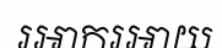
រអាករអាយ